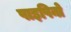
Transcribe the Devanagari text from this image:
पाइपिनो